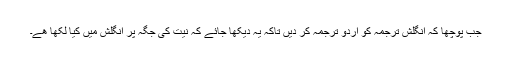
جب پوچھا کہ انگلش ترجمہ کو اردو ترجمہ کر دیں تاکہ یہ دیکھا جائے کہ نیت کی جگہ پر انگلش میں کیا لکھا ھے۔